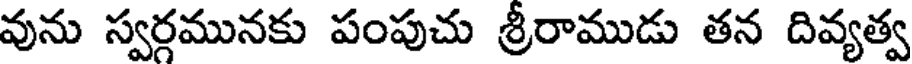
వును స్వర్గమునకు పంపుచు శ్రీరాముడు తన దివ్యత్వ